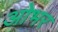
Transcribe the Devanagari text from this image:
ओभर